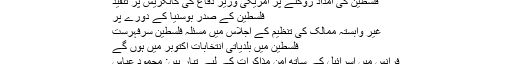
فلسطین کی امداد روکنے پر امریکی وزیرِ دفاع کی کانگریس پر تنقید
فلسطین کے صدر بوسنیا کے دورے پر
غیر وابستہ ممالک کی تنظیم کے اجلاس میں مسئلہ فلسطین سرِفہرست
فلسطین میں بلدیاتی انتخابات اکتوبر میں ہوں گے
فرانس میں اسرائیل کے ساتھ امن مذاکرات کے لیے تیار ہیں: محمود عباس